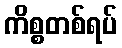
ကိစ္စတစ်ရပ်